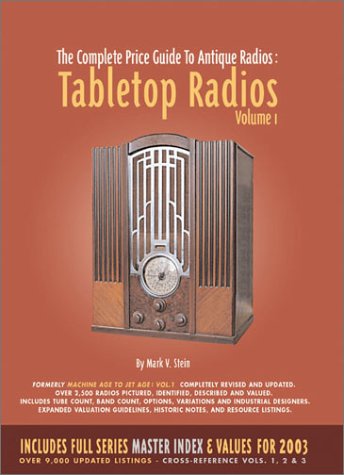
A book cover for The Complete Price Guide to Antique Radios: Tabletop Radios, 1933-1959; Mark V. Stein; Crafts, Hobbies & Home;